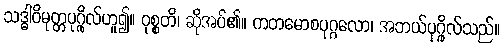
သဒ္ဓါဝိမုတ္တပုဂ္ဂိုလ်ဟူ၍။ ဝုစ္စတိ၊ ဆိုအပ်၏။ ကတမောစပုဂ္ဂလော၊ အဘယ်ပုဂ္ဂိုလ်သည်။